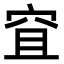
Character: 𥥐